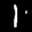
Label: 1